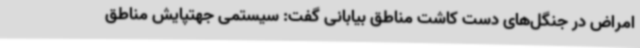
امراض در جنگل‌های دست کاشت مناطق بیابانی گفت: سیستمی جهتپایش مناطق